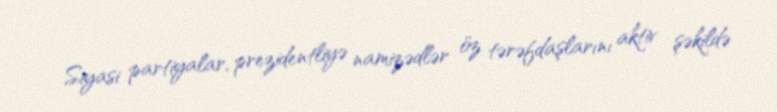
Siyasi partiyalar, prezidentliyə namizədlər öz tərəfdaşlarını aktiv şəkildə